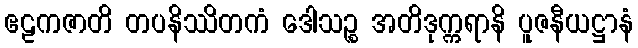
ဧဠကဇာတိ တပနိဿိတကံ ဒေါသဉ္စ အတိဒုက္ကရာနိ ပူဇနီယဋ္ဌာနံ